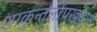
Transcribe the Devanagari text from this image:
शाकुन्तलोपखयान